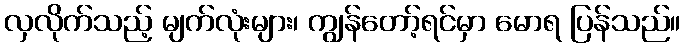
လှလိုက်သည့် မျက်လုံးများ၊ ကျွန်တော့်ရင်မှာ မောရ ပြန်သည်။